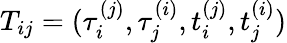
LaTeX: T_{ij}=(\tau_{i}^{(j)},\tau_{j}^{(i)},t_{i}^{(j)},t_{j}^{(i)})